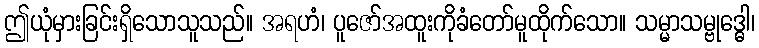
ဤယုံမှားခြင်းရှိသောသူသည်။ အရဟံ၊ ပူဇော်အထူးကိုခံတော်မူထိုက်သော။ သမ္မာသမ္ဗုဒ္ဓေါ၊